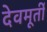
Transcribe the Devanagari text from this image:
देवमूर्ती